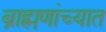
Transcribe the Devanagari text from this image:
ब्राह्मणांच्यात